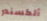
ألكسندر